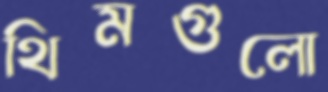
থিমগুলো